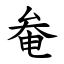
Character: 奙